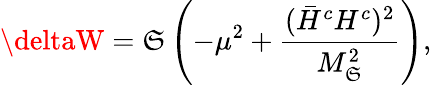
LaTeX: \deltaW=\mathfrak{S}\left(-\mu^{2}+\frac{{(\bar{{H}}^{c}H^{c})^{2}}}{{M_{\mathfrak{S}}^{2}}}\right),